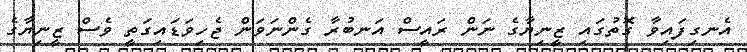
އެނގިފައިވާ ގޮތުގައި ޒީނިޔާގެ ނަން ރައީސް އަނބުރާ ގެންނަވަން ޖެހިވަޑައިގަތީ ވެސް ޒީނިޔާގެ